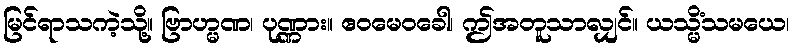
မြင်ရာသကဲ့သို့။ ဗြာဟ္မဏ၊ ပုဏ္ဏား။ ဧဝမေဝခေါ၊ ဤအတူသာလျှင်။ ယသ္မိံသမယေ၊